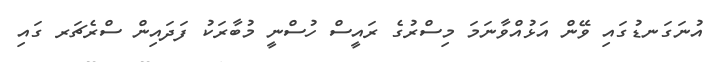
އުނަގަނޑުގައި ވޭން އަޅުއްވާނަމަ މިސްރުގެ ރައީސް ހުސްނީ މުބާރަކު ފަދައިން ސްރެޗަރ ގައި